Scottish Leaving Certificate Examination, 1957
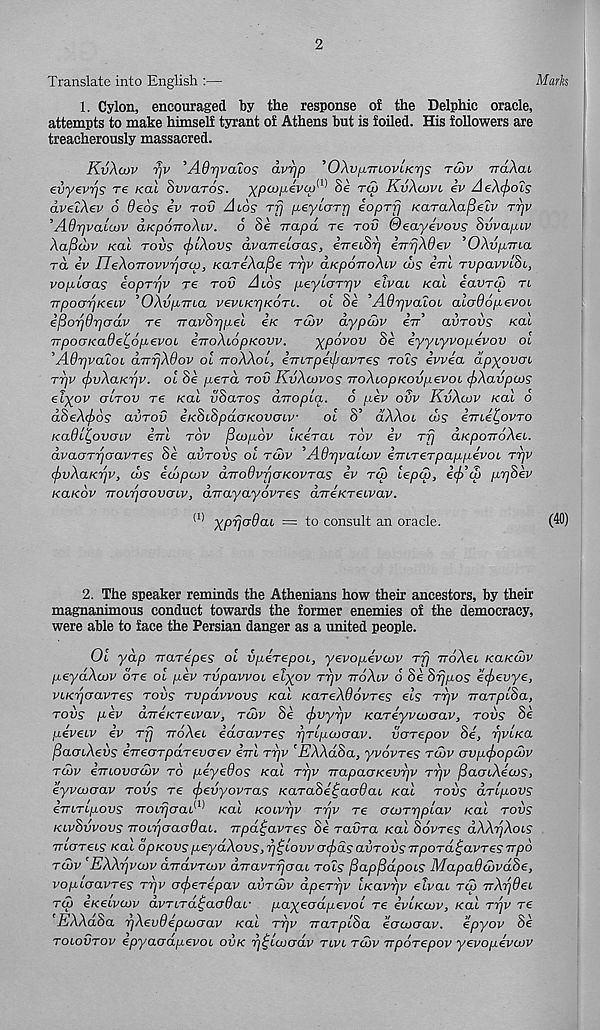
2
Translate into English :—
Marks
1. Cylon, encouraged by the response of the Delphic oracle,
attempts to make himself tyrant of Athens but is foiled. His followers are
treacherously massacred.
KvXojv rjv ’AdrjvaZos avrjp ’OXvpmovtKrjs tu>v vaXcu
evyevrjs re /cat Swaros. ypcofievco^ Si rep KvXojvl iv AeXcftols
dvelXev 6 deos iv rov zlto? rfj peylarp iopTrj KaTaXafieZv TTjv
’AO'pvaLtov aKpoTroXiv. 6 Si vapd re tov Oeayivovs Svvapiv
Xafiobv /cat Ton? fyiXovs dvaTrelaas, iireiSr] eTrrjXdev ’OXvpTna
rd iv neXoTTovvrjcrcp, /careAa/3e rrjv aKpoiroXcv cLs eVt rvpavviSi,
vopioas ioprrjv re tov Alos peytarpy elvcu /cat iavru) rt
TrpoorjKeiv , OXvpTTia veviKrjKOTi. oi Se ’AOrjvaloi alodopevoi
i^orjO-padv re TravSrjpel ire tcov dypwv err’ aiirovs /cat
TrpooKade^opevoL evroAto/o/cow.
ypovov Si iyyiyvopivov ot
’Adrjvaloi dvrjXdov oi rroXXoi, iTHTpii/javres rots ivvia dpyovoi
T7jv cfavXaKrjv. oi Si perd rod KvXutvos voXiopKovpevoi <j>Xavpa>s
elyov oltov re Kal vSaros aTropia. 6 piv ovv KvXcov real 6
aoeAcpos avrov eKOiopaoKOWiv
ol o aAAoi cos eTne^ovro
KaOli^ovoLV irrl tov fioopov t/cerat tov iv tj) aKpoiroXei.
dvaoTTjoavTes Si clvtovs oi to)V ’AOrjvalcov imTeTpappivob Trjv
(^vXaKpv, cos idopoov aTrodvrjOKOVTas iv tu> iepep, i<f> (p prjSiv
kclkov TroirjoovoLv, drrayayovTes dveKTeivav.
(1) ypfjodcu — to consult an oracle.
(40)
2. The speaker reminds the Athenians how their ancestors, by their
magnanimous conduct towards the former enemies of the democracy,
were able to face the Persian danger as a united people.
Ot yap TraTepes oi vpiTepoc, yevopivtov Trj TroXei KaKcov
peydXcov ore oi piv Tvpavvoi eiyov Trjv voXiv 6 Si Sfjpos €<f>evye,
VLKrjaavTes tovs Tvpdvvovs Kal KaTeXOovTes els tt/v TrarpiSa,
tovs piv direKTeivav, tuiv Si (j)vyr]v KaTeyvajaav, rows Si
piveLv iv Tjj voXeu idaavTes rjTlpaicrav. vcrTepov Si, rjvlKa
fdacnXevs iveoTpaTevaev irrl TTjv 'EXXdSa, yvovres tcov avpcfiopcdv
tcov iTnovacdv to piyedos Kal ttjv vapaaKevrjv Trjv fiaaiXecos,
eyvcoaav tovs te cfievyovTas KaTaSi^aadai Kal tovs aTLpovs
emrifjiovs TTOcrjcrcu^ ’ kcu KOivrqv Trjv re Gcorrjpiav kcu tovs
klvSvvovs TronqoaoOai. TTpd^avTes Si rat/ra /cat Sevres dXXrjXois
TTLOTeLS /cat opKovspeydXovs,rj^Lovv acf)ds avTois ttpoTa^avTesttpo
tdjv EXXpvcov diravTCov aTravTrjcrai tols jdapfidpocs MapaOcovdSe,
vopcoavTes ttjv acfieTcpav avTcdv dpeTrjv iKavrjv etvat to> TrXrjdeL
to) e/cetva/v avTtra^acrOar payeadpevoi re iviKcov, Kal Trjv re
EXXaSa rjXevOepoooav Kal Trjv vaTplSa eacoaav. epyov Si
tolovtov epyaadpevoL ovk rj^lcoadv rtvt tcov TTpoTepov yevopevoov